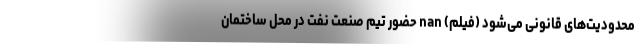
محدودیت‌های قانونی می‌شود (فیلم) nan حضور تیم صنعت نفت در محل ساختمان